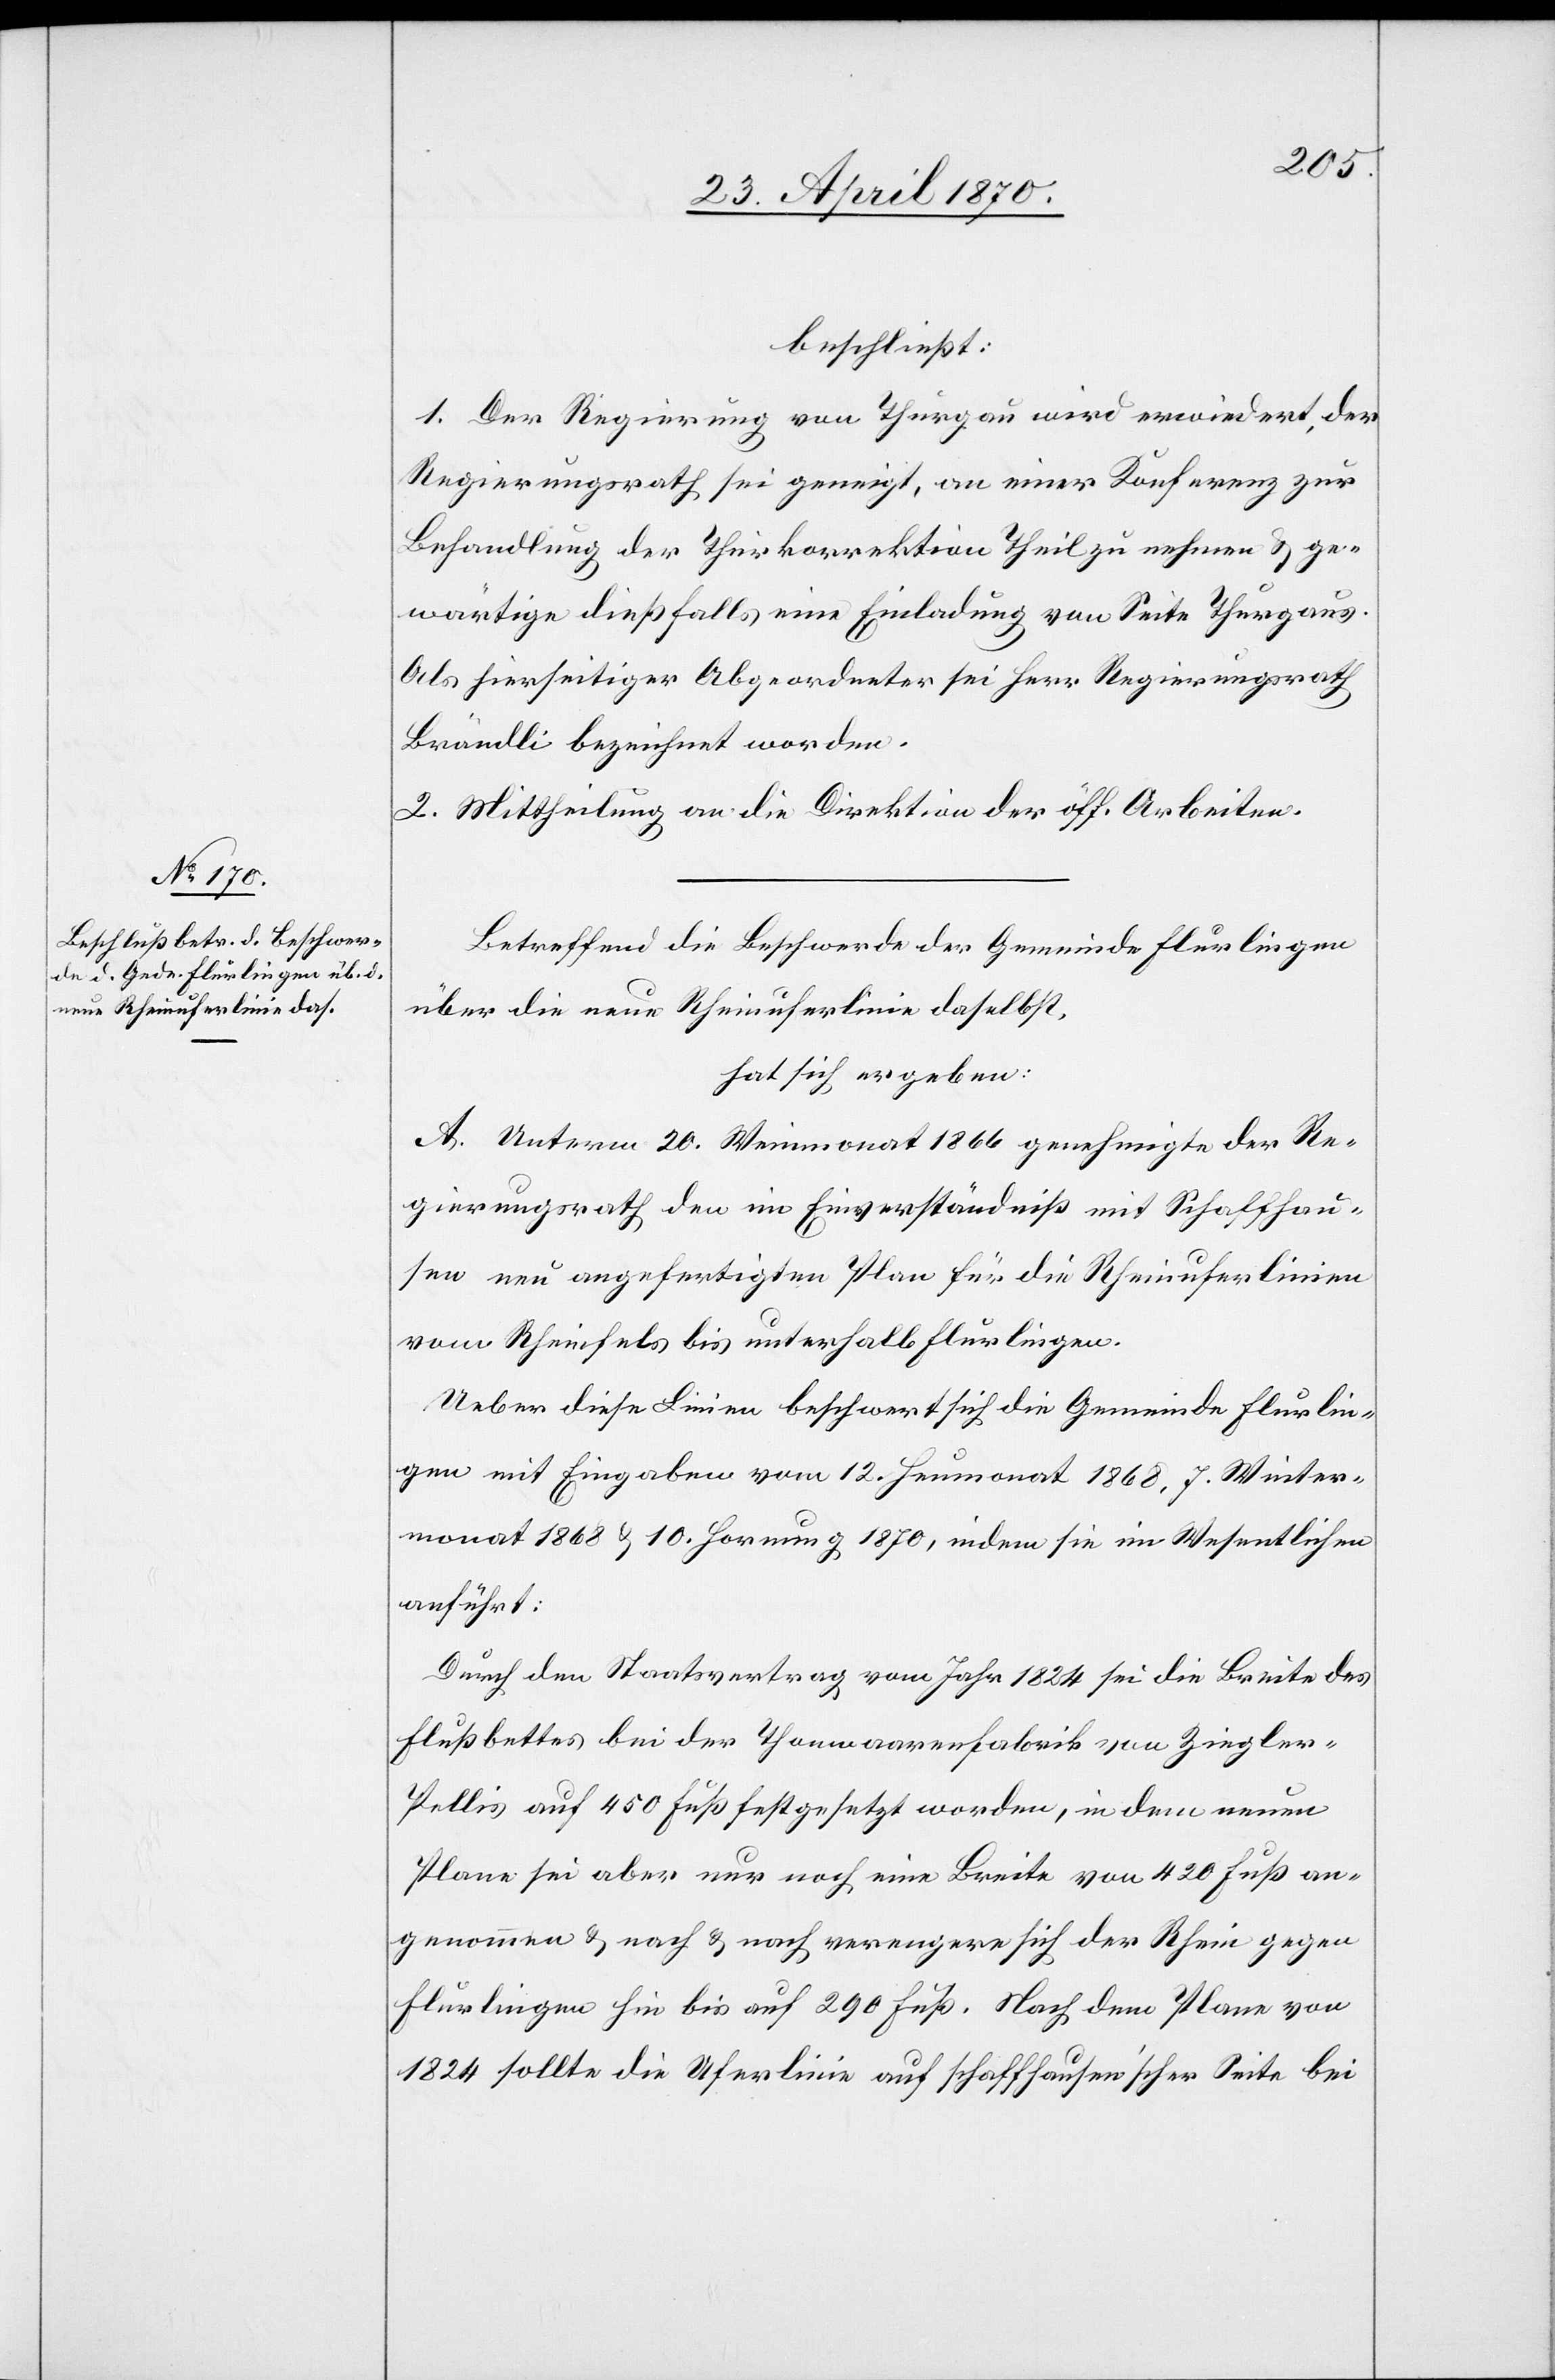
beschließt:
1. Der Regierung von Thurgau wird erwiedert, der
Regierungsrath sei geneigt, an einer Konferenz zur
Behandlung der Thurkorrektion Theil zu nehmen & ge¬
wärtige dießfalls eine Einladung von Seite Thurgaus.
Als hierseitiger Abgeordneter sei Herr Regierungsrath
Brändli bezeichnet worden.
2. Mittheilung an die Direktion der öff. Arbeiten.
Betreffend die Beschwerde der Gemeinde Flurlingen
über die neue Rheinuferlinie daselbst,
hat sich ergeben:
A. Unterm 20. Weinmonat 1866 genehmigte der Re¬
gierungsrath den im Einverständniß mit Schaffhau¬
sen neu angefertigten Plan für die Rheinuferlinien
vom Rheinfels bis unterhalb Flurlingen.
Ueber diese Linien beschwert sich die Gemeinde Flurlin¬
gen mit Eingaben vom 12. Heumonat 1868, 7. Winter¬
monat 1868 & 10. Hornung 1870, indem sie im Wesentlichen
anführt:
Durch den Staatsvertrag vom Jahr 1824 sei die Breite des
Flußbettes bei der Thonwaarenfabrik von Ziegler-P¬
ellis auf 450 Fuß festgesetzt worden, in dem neuen
Plane sei aber nur noch eine Breite von 420 Fuß an¬
genommen & nach & nach verengere sich der Rhein gegen
Flurlingen hin bis auf 290 Fuß. Nach dem Plane von
1824 sollte die Uferlinie auf Schaffhausen’scher Seite bei